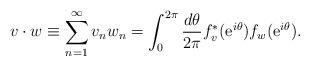
\begin{align*}v\cdot w \equiv\sum_{n=1}^{\infty} v_n w_n= \int_0^{2\pi} {d \theta \over2\pi} f_v^*({\rm e}^{i \theta}) f_w ({\rm e}^{i \theta}).\end{align*}